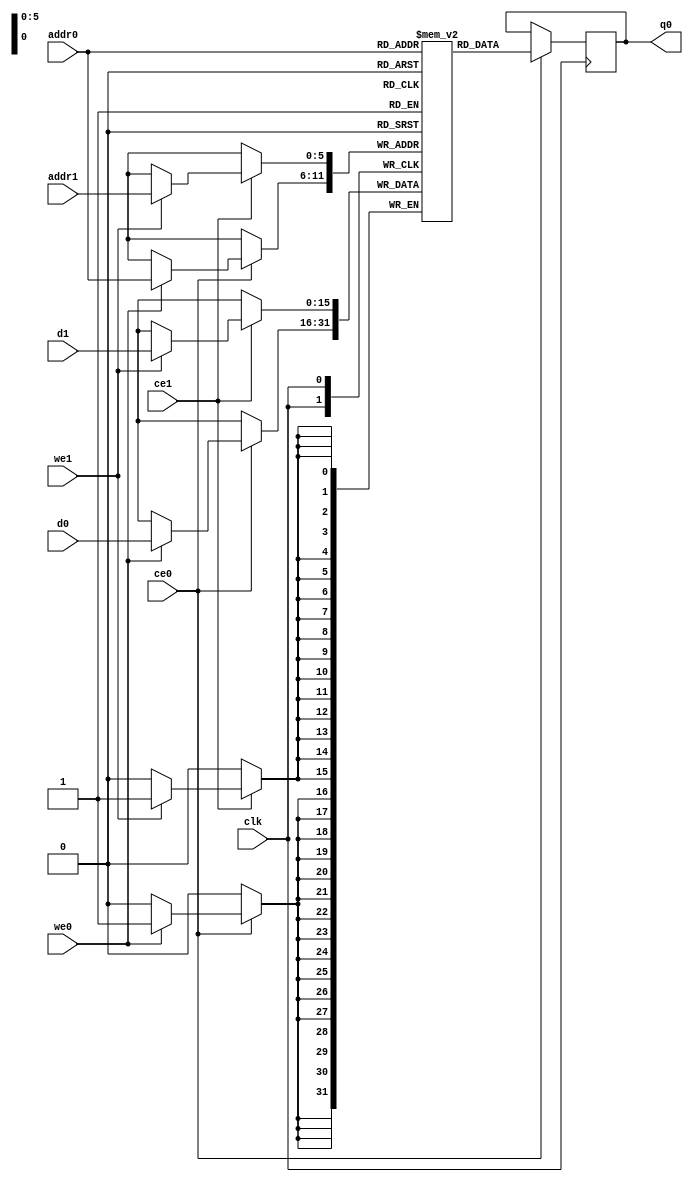
// ==============================================================
// Vivado(TM) HLS - High-Level Synthesis from C, C++ and SystemC v2019.2 (64-bit)
// Copyright 1986-2019 Xilinx, Inc. All Rights Reserved.
// ==============================================================
`timescale 1 ns / 1 ps
module conv_2d_cl_ss_ap_fixed_ap_fixed_16_4_5_3_0_config16_s_layCeG_ram (addr0, ce0, d0, we0, q0, addr1, ce1, d1, we1,  clk);

parameter DWIDTH = 16;
parameter AWIDTH = 6;
parameter MEM_SIZE = 64;

input[AWIDTH-1:0] addr0;
input ce0;
input[DWIDTH-1:0] d0;
input we0;
output reg[DWIDTH-1:0] q0;
input[AWIDTH-1:0] addr1;
input ce1;
input[DWIDTH-1:0] d1;
input we1;
input clk;

(* ram_style = "block" *)reg [DWIDTH-1:0] ram[0:MEM_SIZE-1];




always @(posedge clk)  
begin 
    if (ce0) begin
        if (we0) 
            ram[addr0] <= d0; 
        q0 <= ram[addr0];
    end
end


always @(posedge clk)  
begin 
    if (ce1) begin
        if (we1) 
            ram[addr1] <= d1; 
    end
end


endmodule

`timescale 1 ns / 1 ps
module conv_2d_cl_ss_ap_fixed_ap_fixed_16_4_5_3_0_config16_s_layCeG(
    reset,
    clk,
    address0,
    ce0,
    we0,
    d0,
    q0,
    address1,
    ce1,
    we1,
    d1);

parameter DataWidth = 32'd16;
parameter AddressRange = 32'd64;
parameter AddressWidth = 32'd6;
input reset;
input clk;
input[AddressWidth - 1:0] address0;
input ce0;
input we0;
input[DataWidth - 1:0] d0;
output[DataWidth - 1:0] q0;
input[AddressWidth - 1:0] address1;
input ce1;
input we1;
input[DataWidth - 1:0] d1;



conv_2d_cl_ss_ap_fixed_ap_fixed_16_4_5_3_0_config16_s_layCeG_ram conv_2d_cl_ss_ap_fixed_ap_fixed_16_4_5_3_0_config16_s_layCeG_ram_U(
    .clk( clk ),
    .addr0( address0 ),
    .ce0( ce0 ),
    .we0( we0 ),
    .d0( d0 ),
    .q0( q0 ),
    .addr1( address1 ),
    .ce1( ce1 ),
    .we1( we1 ),
    .d1( d1 ));

endmodule